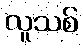
လူသစ်